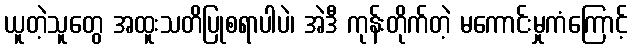
ယူတဲ့သူတွေ အထူးသတိပြုစရာပါပဲ၊ အဲဒီ ကုန်းတိုက်တဲ့ မကောင်းမှုကံကြောင့်